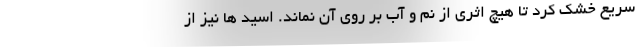
سریع خشک کرد تا هیچ اثری از نم و آب بر روی آن نماند. اسید ها نیز از